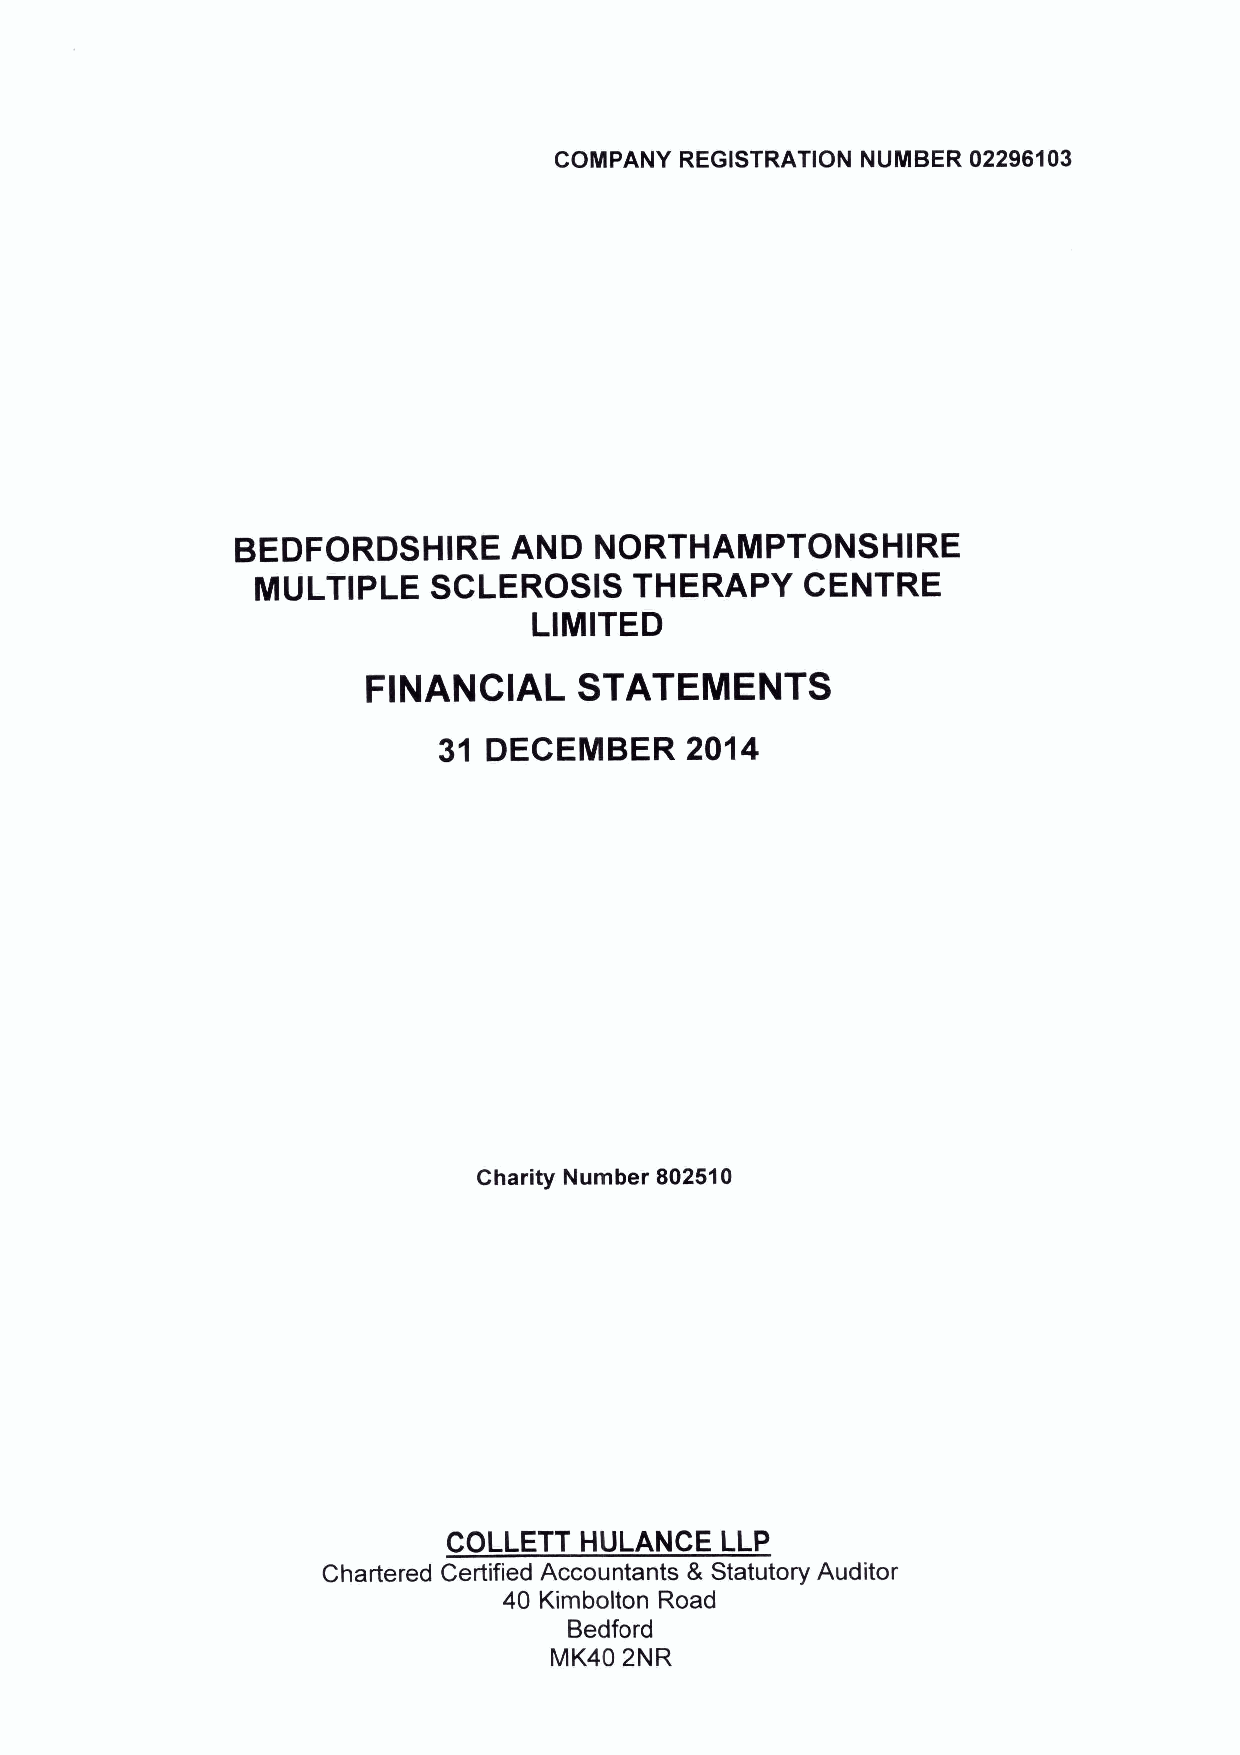
COMPANY REGISTRATION NUMBER 02296103
 BEDFORDSHIRE      AND  NORTHAMPTONSHIRE
 MULTIPLE    SCLEROSIS    THERAPY    CENTRE
 LIMITED
 FINANCIAL     STATEMENTS
 31 DECEMBER     2014
 Charity Number 802510
 COLLETT HULANCE   LLP
 Chartered Certified Accountants 8 Statutory Auditor
 40 Kimbolton Road
 Bedford
 MK40 2NR